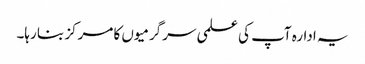
یہ ادارہ آپ کی علمی سرگرمیوں کا مرکز بنا رہا۔